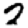
Digit: 2